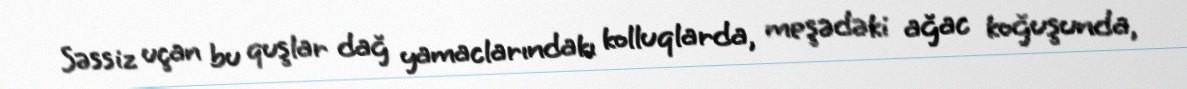
Səssiz uçan bu quşlar dağ yamaclarındakı kolluqlarda, meşədəki ağac koğuşunda,